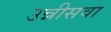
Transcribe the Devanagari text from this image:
उन्नीसवा